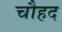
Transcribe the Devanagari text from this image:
चौहद